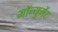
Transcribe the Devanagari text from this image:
मॉन्युमेंट